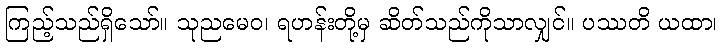
ကြည့်သည်ရှိသော်။ သုညမေဝ၊ ရဟန်းတို့မှ ဆိတ်သည်ကိုသာလျှင်။ ပဿတိ ယထာ၊